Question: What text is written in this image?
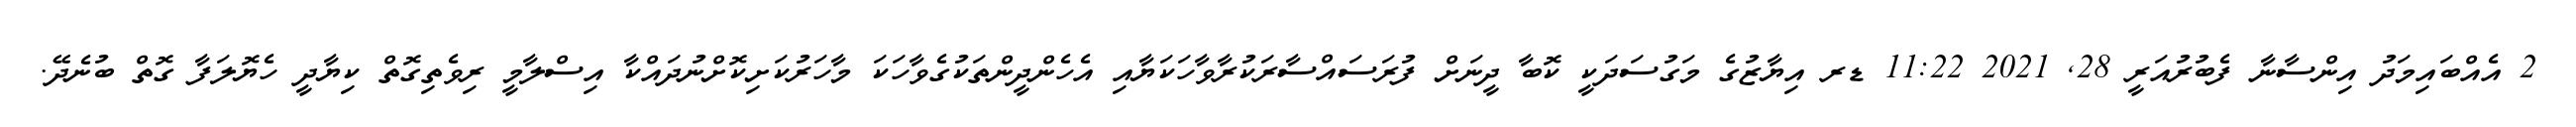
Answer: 2 އެއްބައިމަދު އިންސާނާ ފެބުރުއަރީ 28, 2021 11:22 ޑރ އިޔާޒުގެ މަގުސަދަކީ ކޮބާ ދީނަށް ފުރަސައްސާރަކުރާވާހަކަޔާއި އެހެންދީންތަކުގެވާހަކަ މާހަރުކަށިކޮށްނުދައްކާ އިސްލާމީ ރިވެތިގޮތް ކިޔާދީ ހެޔޮލަފާ ގޮތް ބުނެދޭ.